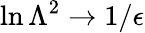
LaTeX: \ln\Lambda^{2}\to 1/\epsilon